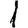
Digit: 1